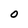
Character: O